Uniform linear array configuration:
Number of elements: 12
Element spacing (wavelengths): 0.25
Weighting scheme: blackman
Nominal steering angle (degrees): -15
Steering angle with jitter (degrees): -15.793
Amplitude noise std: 0.05
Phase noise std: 0.05

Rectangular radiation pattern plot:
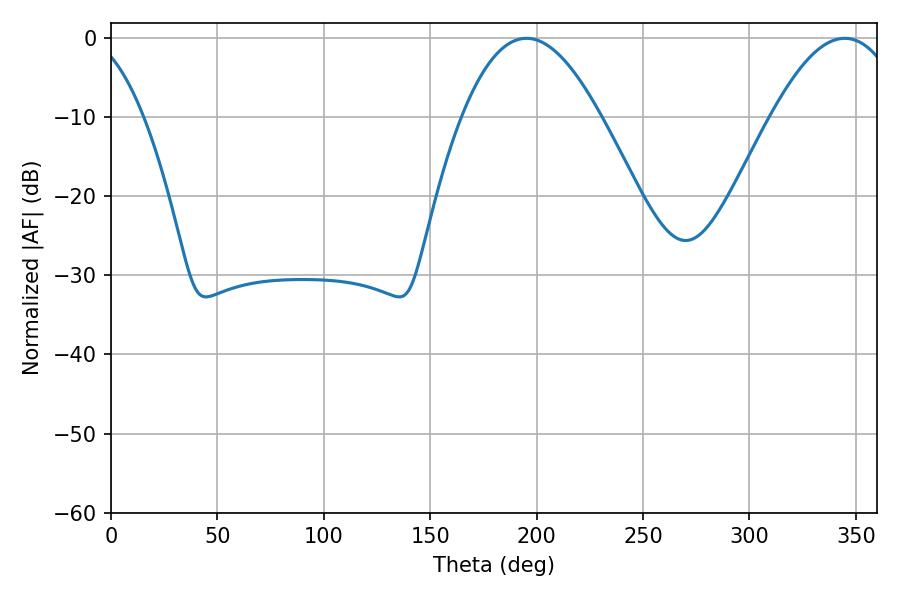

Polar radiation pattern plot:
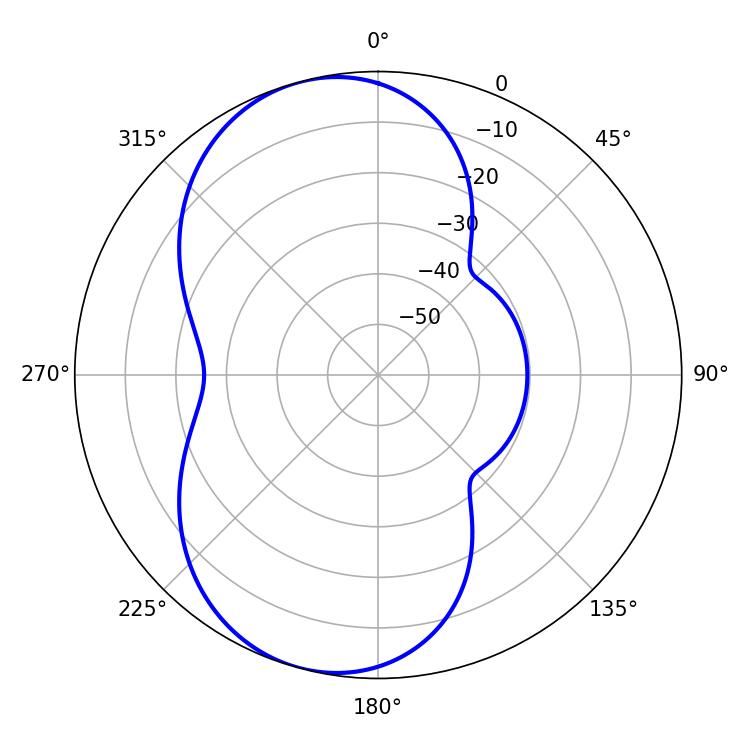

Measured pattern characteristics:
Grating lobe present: FALSE
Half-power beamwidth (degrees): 35.46
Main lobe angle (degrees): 195.3